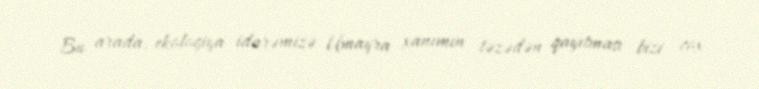
Bu arada, ekologiya idarəmizə Umayra xanımın təzədən qayıtması bizi çox